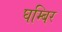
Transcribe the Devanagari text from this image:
घम्बिर